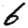
Digit: 6